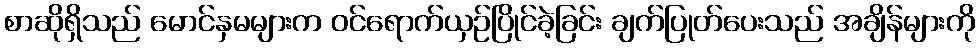
စာဆိုရှိသည် မောင်နှမများက ဝင်ရောက်ယှဉ်ပြိုင်ခဲ့ခြင်း ချက်ပြုတ်ပေးသည် အချိန်များကို